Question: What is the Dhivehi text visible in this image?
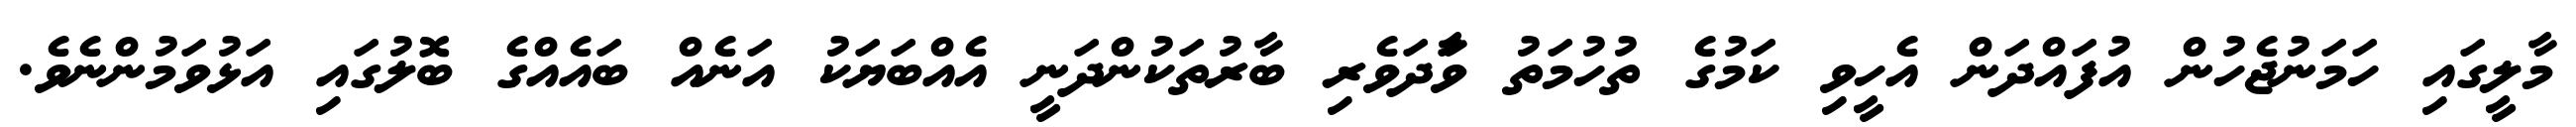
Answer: މާލީގައި ހަމަނުޖެހުން އުފައްދަން އެހީވި ކަމުގެ ތުހުމަތު ވާަދަވެރި ބާރުތަކުންދަނީ އެއްބަޔަކު އަނެއް ބައެއްގެ ބޮލުގައި އަޅުވަމުންނެވެ.